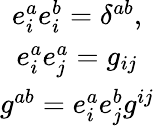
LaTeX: \begin{array}{c}{{e_{i}^{a}e_{i}^{b}=\delta^{ab},}}\\ {{e_{i}^{a}e_{j}^{a}=g_{ij}}}\\ {{g^{ab}=e_{i}^{a}e_{j}^{b}g^{ij}}}\end{array}